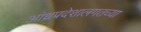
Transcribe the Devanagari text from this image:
आंध्रप्रदेशालगतच्या